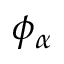
\phi _ { \alpha }